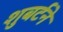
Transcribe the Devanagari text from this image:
शुबर्टने